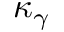
\kappa _ { \gamma }